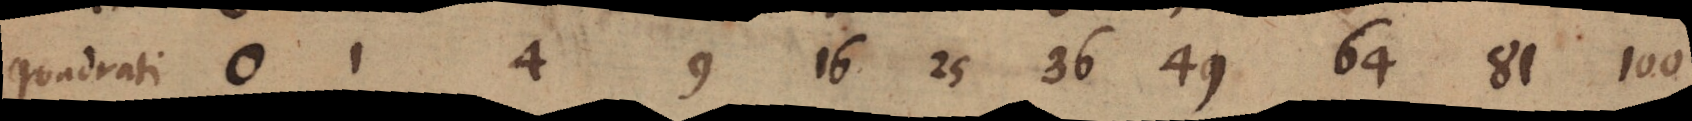
Quadrati 0 1 4 9 16 25 36 49 64 81 100